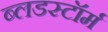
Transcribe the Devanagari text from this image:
ब्लडस्टॉर्म